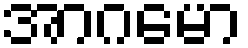
အာဂမော